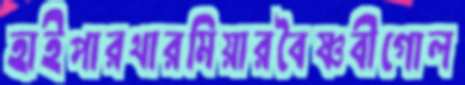
হাইপারথারমিয়ারবৈষ্ণবীগোল